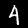
Digit: 4